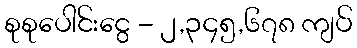
စုစုပေါင်းငွေ - ၂,၃၄၅,၆၇၈ ကျပ်